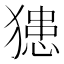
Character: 𤡟